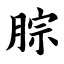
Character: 腙